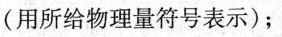
(用所给物理量符号表示)；